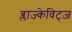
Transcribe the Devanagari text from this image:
ब्लाज़्केविट्ज़